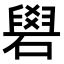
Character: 𥕭